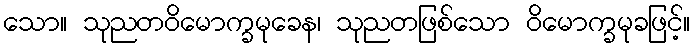
သော။ သုညတဝိမောက္ခမုခေန၊ သုညတဖြစ်သော ဝိမောက္ခမုခဖြင့်။